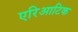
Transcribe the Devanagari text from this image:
एरिआटिक